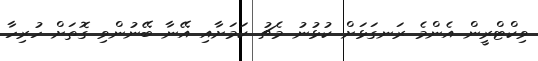
ވިކްޓްރީން އެންމެ ރަނގަޅަށް ކުޅުނު މެޗު ކަމަށާއި އޭނާ ބޭނުންވި ގޮތަށް ހުރިހާ